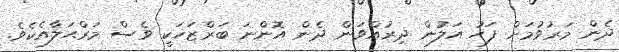
ދެން މަރުވުމަށް ފަހު އަލުން ދިރުއްވަން ދެން އޮންނަ ބަރްޒަޚަކީ ވެސް މަރްޙަލާއެކެވެ.